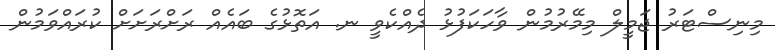
މިނިސްޓަރު ޖަމީލް މިމޭރުމުން ވާހަކަފުޅު ދެއްކެވީ ނ. އަތޮޅުގެ ބައެއް ރަށްރަށަށް ކުރައްވަމުން